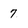
Character: 7